Code of medical and sanitary regulations for the guidance of medical officers serving in the Madras Presidency - Volume II
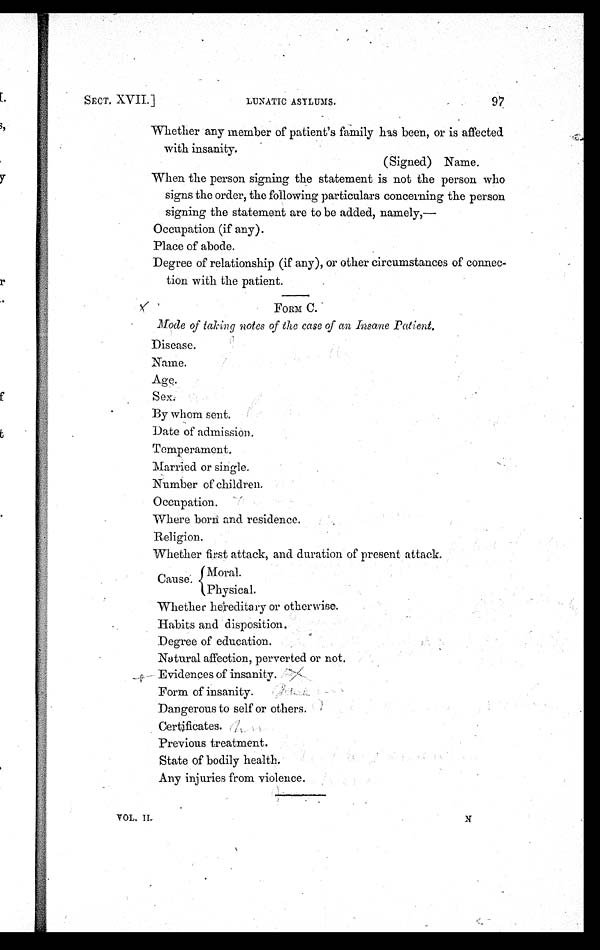
97
SECT. XVII.]
LUNATIC ASYLUMS.
VOL. II
Whether any member of patient's family has been, or is affected
with insanity.
(Signed) Name.
When the person signing the statement is not the person who
signs the order, the following particulars concerning the person
signing the statement are to be added, namely,—
Occupation (if any).
Place of abode.
Degree of relationship (if any), or other circumstances of connec-
tion with the patient.
FORM C.
Mode of taking notes of the case of an Insane Patient.
Disease.
Name.
Age.
Sex.
By whom sent.
Date of admission.
Temperament,
Married or single.
Number of children.
Occupation.
Where born and residence.
,
Religion
Whether first attack, and duration of present attack.
Moral.
Cause.
Physical.
Whether hereditary or otherwise.
Habits and disposition.
Degree of education.
Natural affection, perverted or not.
Evidences of insanity.
Form of insanity.
Dangerous to self or others.
Certificates. A
Previous treatment.
State of bodily health.
Any injuries from violence.
N